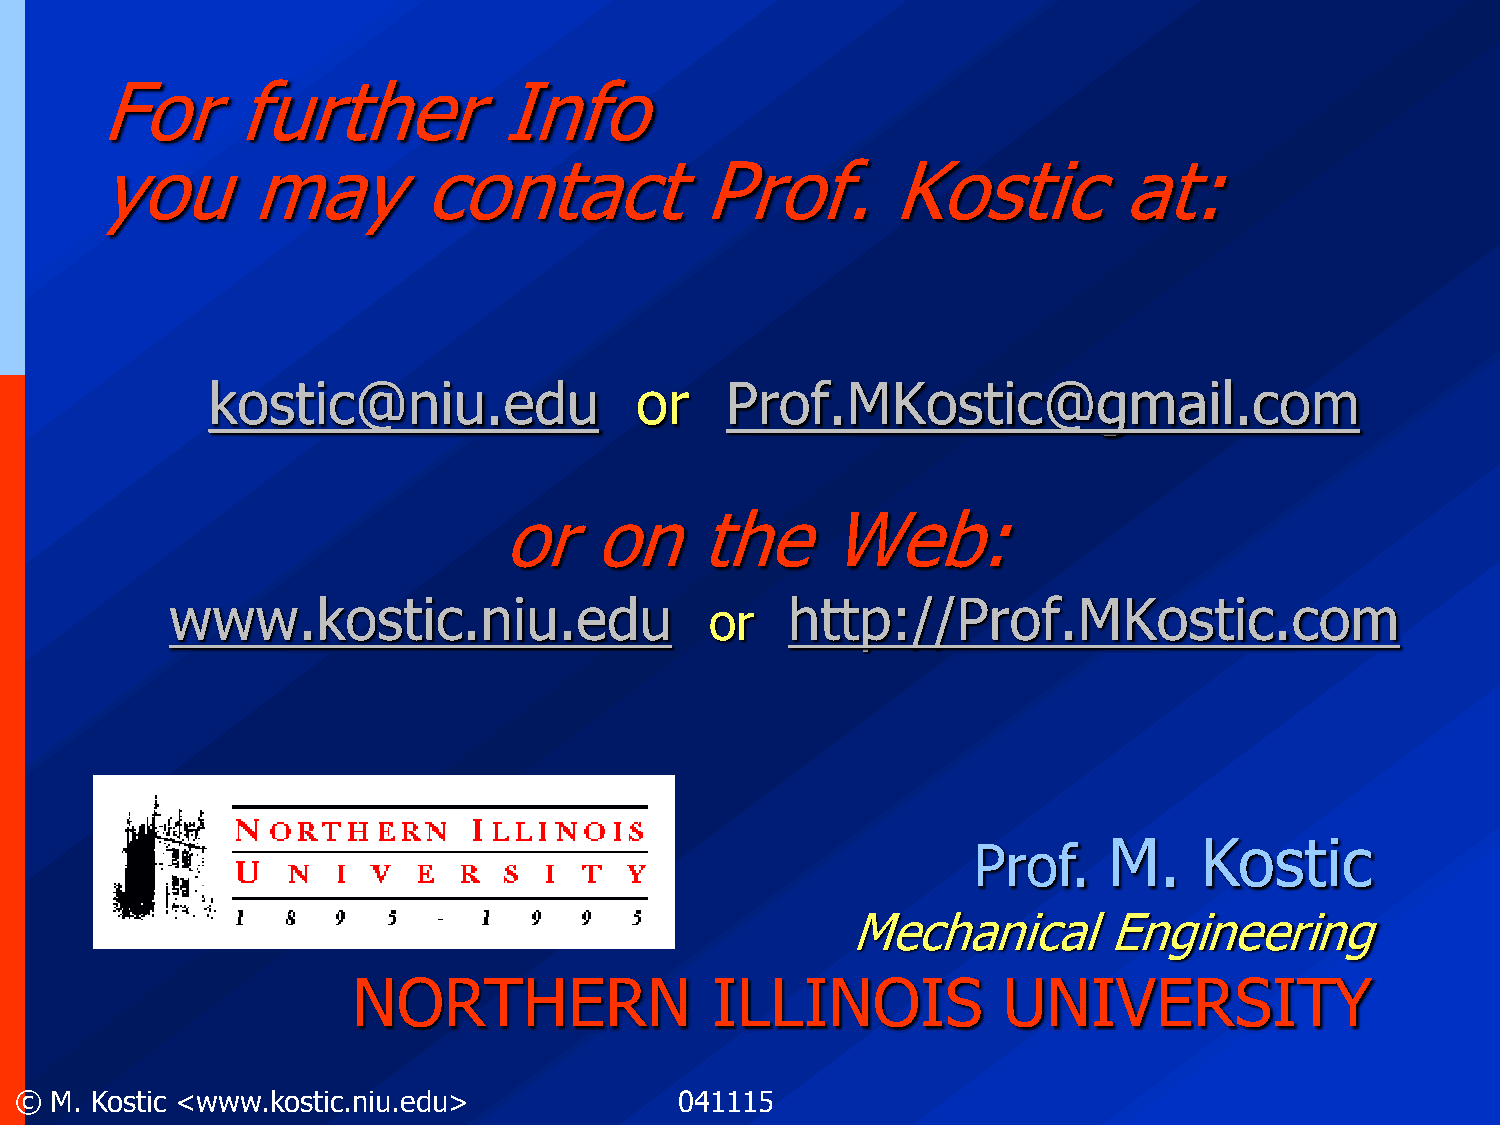
For       further          Info
 you       may         contact           Prof.        Kostic         at:
 kostic@niu.edu              or    Prof.MKostic@gmail.com
 or    on     the      Web:
 www.kostic.niu.edu                       http://Prof.MKostic.com
 or
 M.     Kostic
 Prof.
 Mechanical       Engineering
 NORTHERN                ILLINOIS           UNIVERSITY
 © M. Kostic <www.kostic.niu.edu>            041115